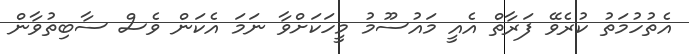
އެތުހުމަތު ކުރެވޭ ފަރާތް އެއީ މައުސޫމު މީހަކަށްވާ ނަމަ އެކަން ވެސް ސާބިތުވާން